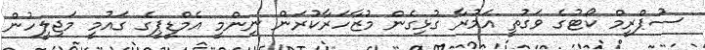
ސުޕްރީމް ކޯޓުގެ ވަގުތީ އަމުރާ ގުޅިގެން މުޒާހަރާކުރަން ނިންމީ އެމްޑީޕީގެ ގައުމީ މަޖިލީހުން